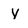
Character: y